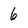
Character: 6